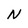
Character: N